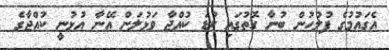
އެގައުމުގެ ފުލުހުން ބުނާ ގޮތުގައި ކުޑަ ކުއްޖާ ވަޅުލަން އޭނާ އުޅުނީ ކުއްޖާގެ